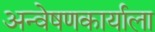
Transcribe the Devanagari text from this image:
अन्वेषणकार्याला